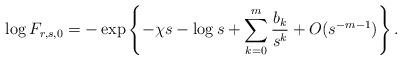
LaTeX: \begin{align*}\log F_{r,s,0}=-\exp\left\{-\chi s-\log s+\sum_{k=0}^{m}\frac{b_k}{s^k}+O(s^{-m-1})\right\}.\end{align*}